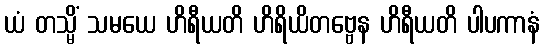
ယံ တသ္မိံ သမယေ ဟိရီယတိ ဟိရိယိတဗ္ဗေန ဟိရီယတိ ပါပကာနံ